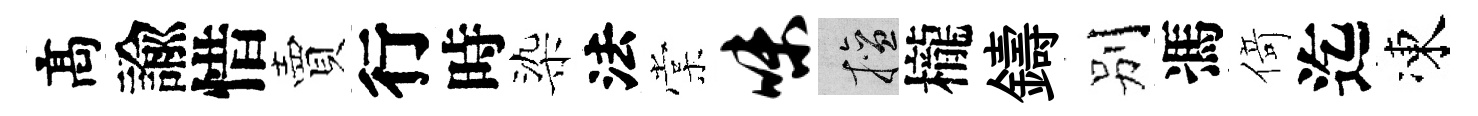
髙諭惜賣行時染法棠味擅櫳鑄别馮𠋣迄凍